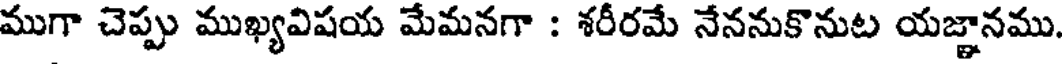
ముగా చెప్పు ముఖ్యవిషయ మేమనగా : శరీరమే నేననుకొనుట యజ్ఞానము